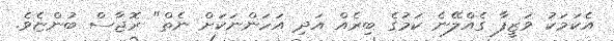
އެކަމަކު ވަޒީފާ ގެއްލޭނެ ކަމުގެ ބިރެއް އަދި އަހަންނަކަށް ނެތް" ރޮޖާސް ބުންޏެވެ.